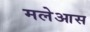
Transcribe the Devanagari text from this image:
मलेआस